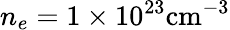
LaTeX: n_{e}=1\times 10^{23}\mathrm{{cm^{-3}}}